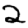
Digit: 2